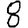
Digit: 8